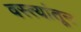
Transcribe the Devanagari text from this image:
वस्त्यांतून